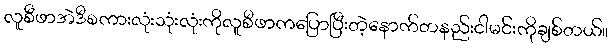
လူစီဖာအဲဒီစကားလုံးသုံးလုံးကိုလူစီဖာကပြောပြီးတဲ့နောက်တနည်းငါမင်းကိုချစ်တယ်။